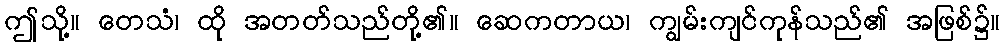
ဤသို့။ တေသံ၊ ထို အတတ်သည်တို့၏။ ဆေကတာယ၊ ကျွမ်းကျင်ကုန်သည်၏ အဖြစ်၌။